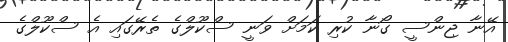
އޭނާ ޖިންސީ ގޯނާ ކުރި ކަމަށް ވަނީ ސްކޫލްގެ ތެރޭގައި އެ ސްކޫލްގެ